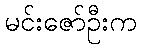
မင်းဇော်ဦးက